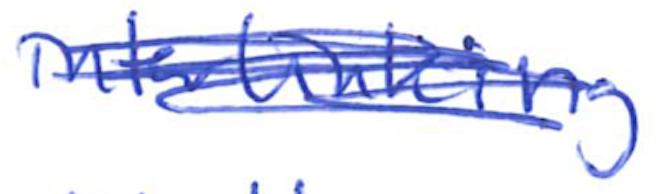
Text: interlinking
Cross-out: scratch
Writing tool: ballpoint